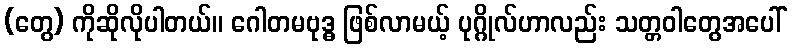
(တွေ) ကိုဆိုလိုပါတယ်။ ဂေါတမဗုဒ္ဓ ဖြစ်လာမယ့် ပုဂ္ဂိုလ်ဟာလည်း သတ္တဝါတွေအပေါ်